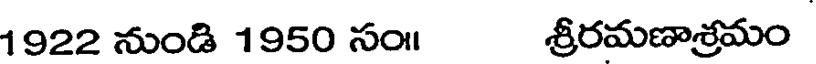
1922 నుండి 1950 సం॥ శ్రీరమణాశ్రమం